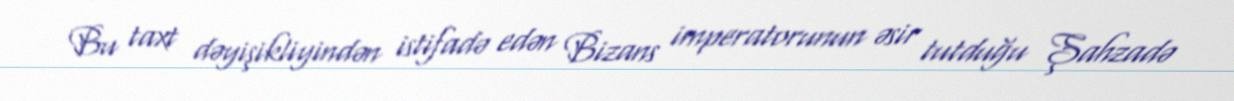
Bu taxt dəyişikliyindən istifadə edən Bizans imperatorunun əsir tutduğu Şahzadə